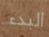
البدء